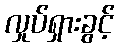
လှုပ်ရှားခွင့်